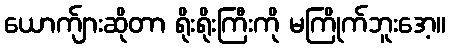
ယောက်ျားဆိုတာ ရိုးရိုးကြီးကို မကြိုက်ဘူးအေ့။